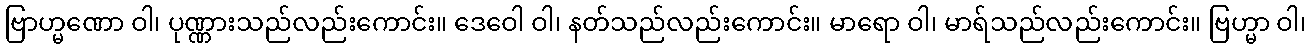
ဗြာဟ္မဏော ဝါ၊ ပုဏ္ဏားသည်လည်းကောင်း။ ဒေဝေါ ဝါ၊ နတ်သည်လည်းကောင်း။ မာရော ဝါ၊ မာရ်သည်လည်းကောင်း။ ဗြဟ္မာ ဝါ၊